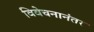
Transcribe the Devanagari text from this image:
विवेचनानंतर